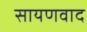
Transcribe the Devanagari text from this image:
सायणवाद